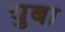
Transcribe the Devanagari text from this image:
युबा